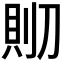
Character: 𰄹